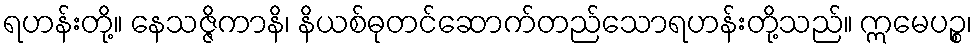
ရဟန်းတို့။ နေသဇ္ဇိကာနိ၊ နိယစ်ဓုတင်ဆောက်တည်သောရဟန်းတို့သည်။ ဣမေပဉ္စ၊